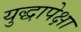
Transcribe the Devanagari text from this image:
युद्धापेक्षा